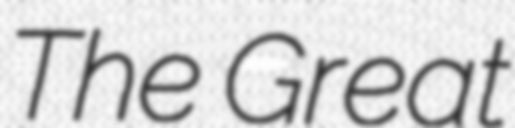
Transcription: The Great